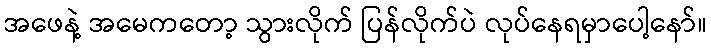
အဖေနဲ့ အမေကတော့ သွားလိုက် ပြန်လိုက်ပဲ လုပ်နေရမှာပေါ့နော်။